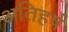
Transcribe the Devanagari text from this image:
अतिहर्ष